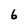
Character: 6